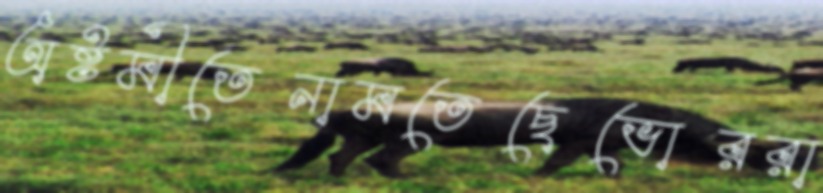
অষ্টমীতেনামতেছেভোররা